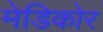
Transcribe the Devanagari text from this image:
मेडिकोर